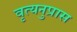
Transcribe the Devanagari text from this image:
वृत्यनुप्रास